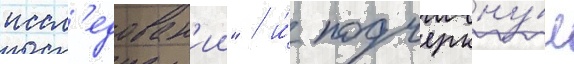
иссл'едован'ии" / и́ подчеркну́л